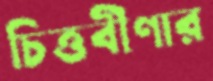
চিত্তবীণার